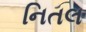
નિતલ